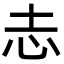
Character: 𢖽